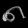
Digit: ၈